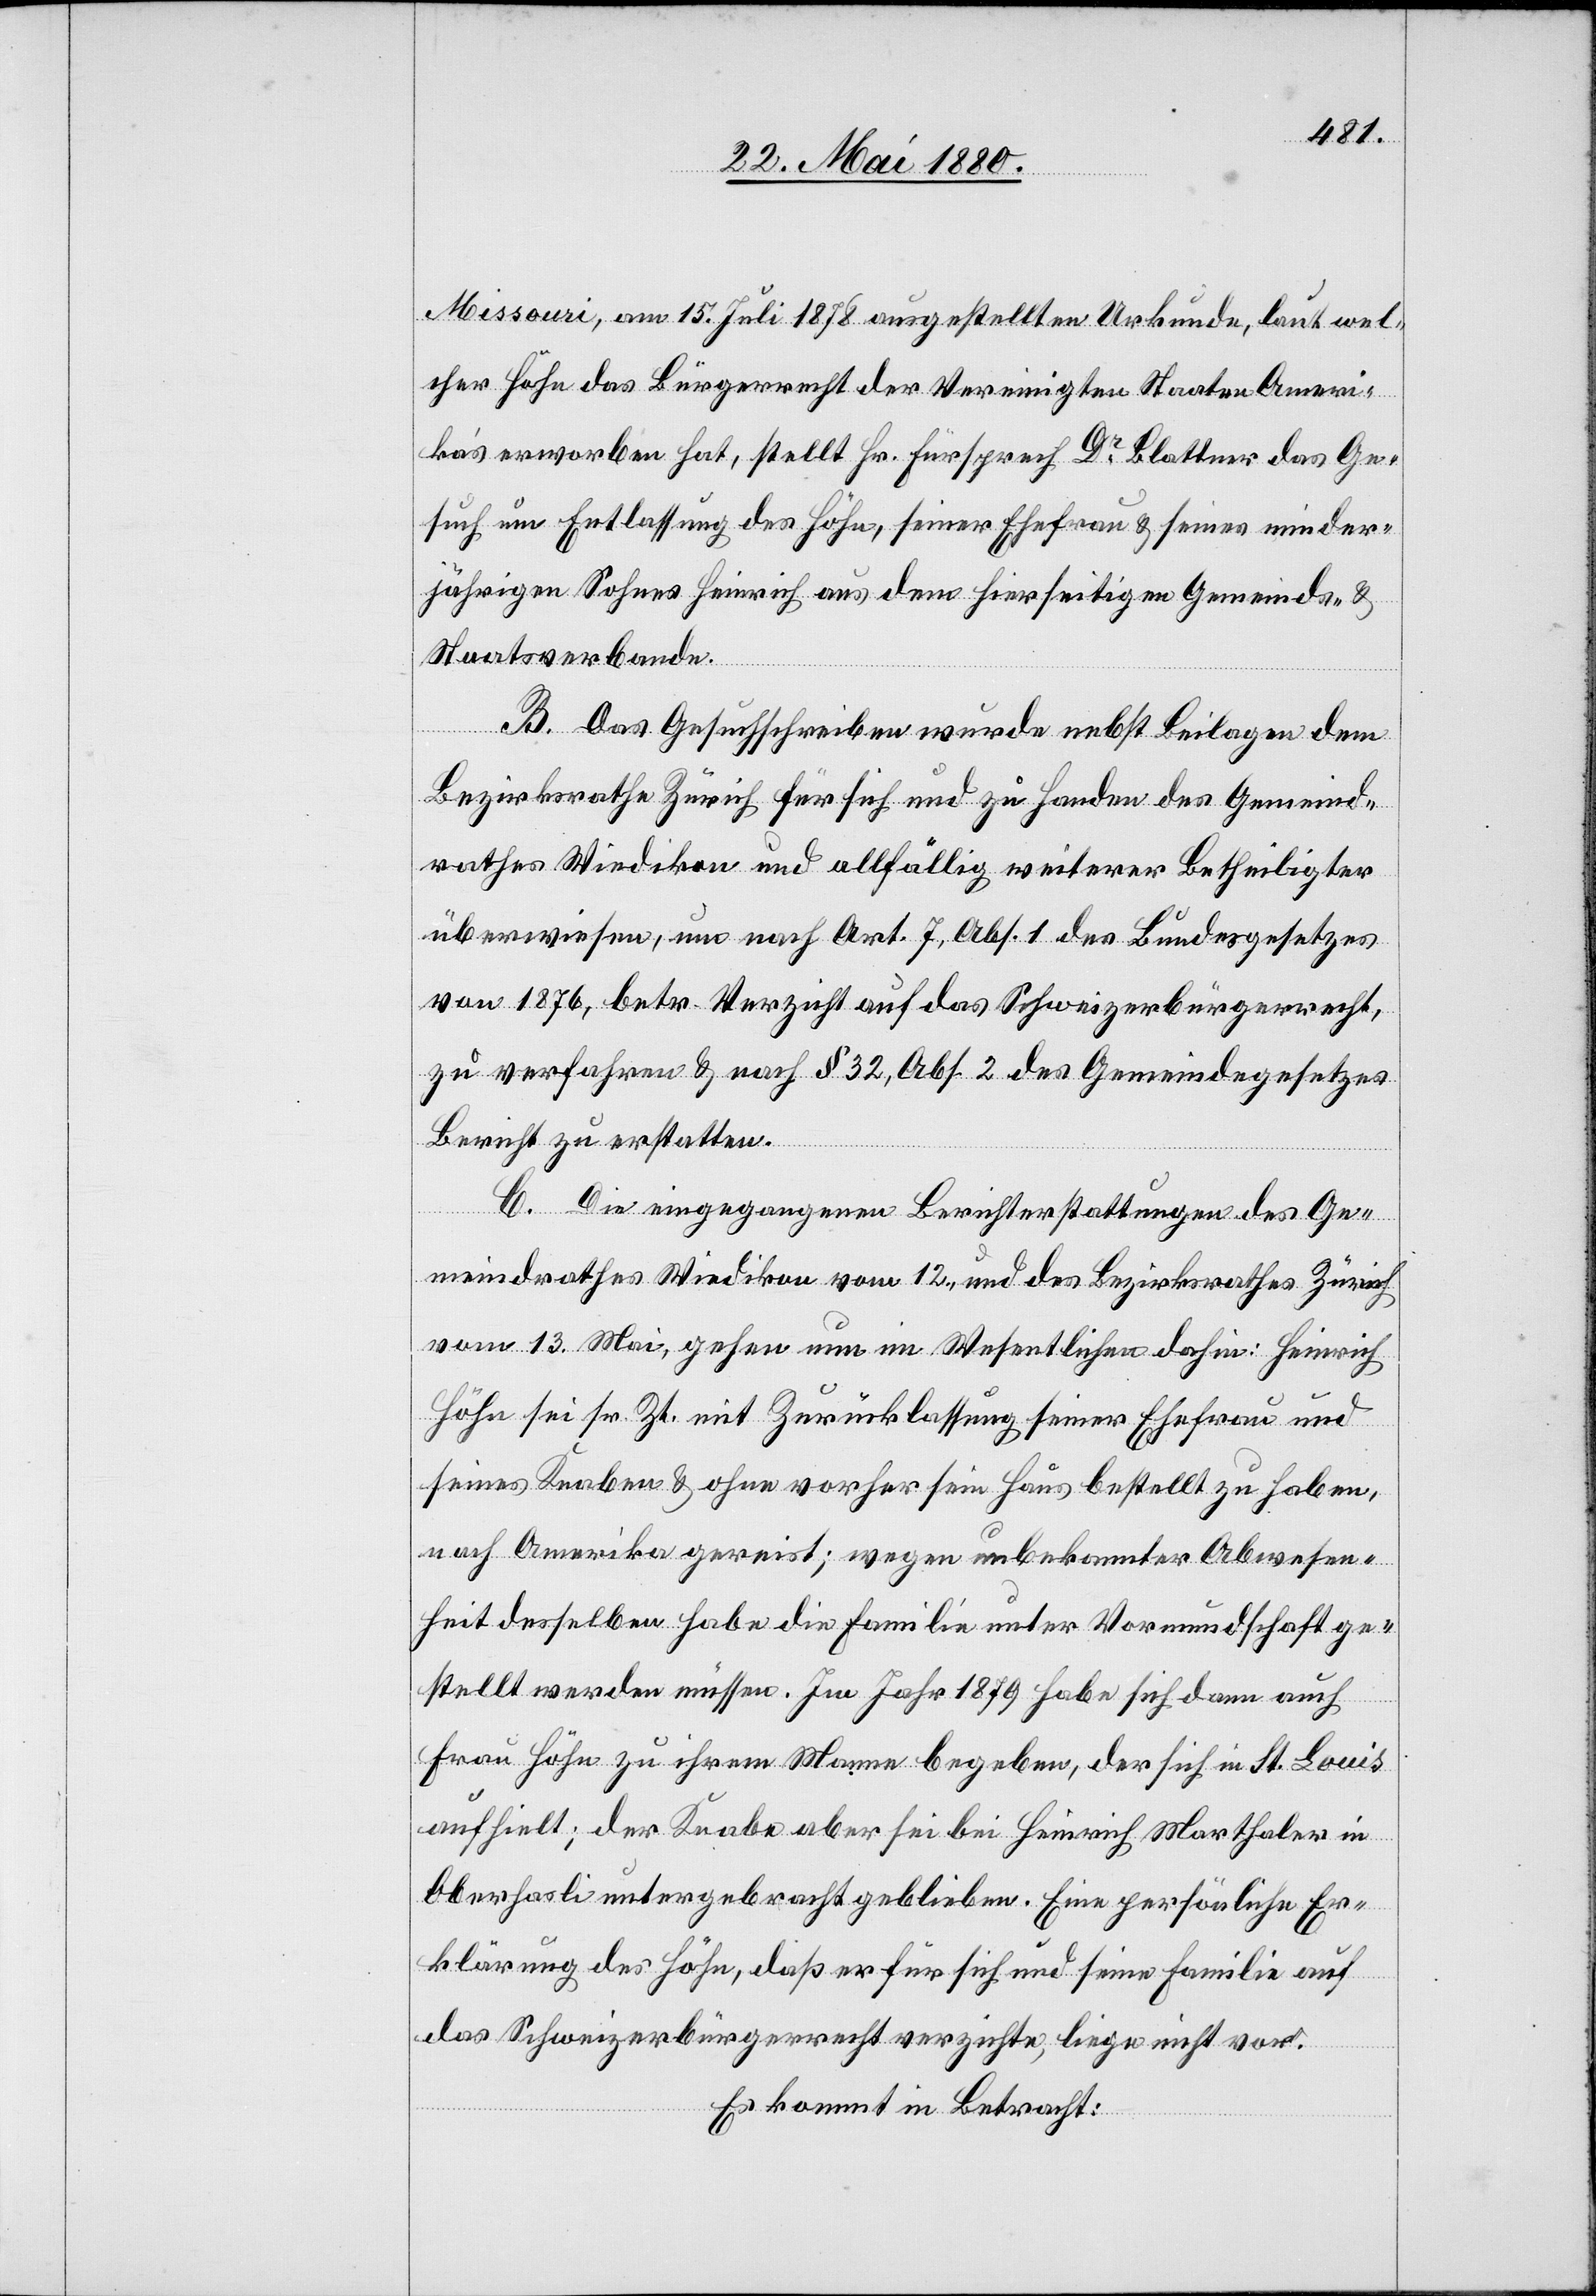
Missouri, am 15. Juli 1878 ausgestellten Urkunde, laut wel¬
cher Höhn das Bürgerrecht der Vereinigten Staaten Ameri¬
ka’s erworben hat, stellt Hr. Fürsprech Dr Blattner das Ge¬
such um Entlassung des Höhn, seiner Ehefrau & seines minder¬
jährigen Sohnes Heinrich aus dem hierseitigen Gemeinds- &
Staatsverbande.
B. Das Gesuchschreiben wurde nebst Beilagen dem
Bezirksrathe Zürich für sich und zu Handen des Gemeind¬
rathes Wiedikon und allfällig weiterer Betheiligter
überwiesen, um nach Art. 7, Abs. 1 des Bundesgesetzes
von 1876, betr. Verzicht auf das Schweizerbürgerrecht,
zu verfahren & nach § 32, Abs. 2 des Gemeindesgesetzes
Bericht zu erstatten.
C. Die eingegangenen Berichterstattungen des Ge¬
meindrathes Wiedikon vom 12., und des Bezirksrathes Zürich
vom 13. Mai, gehen nun im Wesentlichen dahin: Heinrich
Höhn sei sr. Zt. mit Zurücklassung seiner Ehefrau und
seines Knaben & ohne vorher sein Haus bestellt zu haben,
nach Amerika gereist; wegen unbekannter Abwesen¬
heit desselben habe die Familie unter Vormundschaft ge¬
stellt werden müssen. Im Jahr 1879 habe sich dann auch
Frau Höhn zu ihrem Manne begeben, der sich in St. Louis
aufhielt; der Knabe aber sei bei Heinrich Marthaler in
Oberhasli untergebracht geblieben. Eine persönliche Er¬
klärung des Höhn, daß er für sich und seine Familie auf
das Schweizerbürgerrecht verzichte, liege nicht vor.
Es kommt in Betracht: